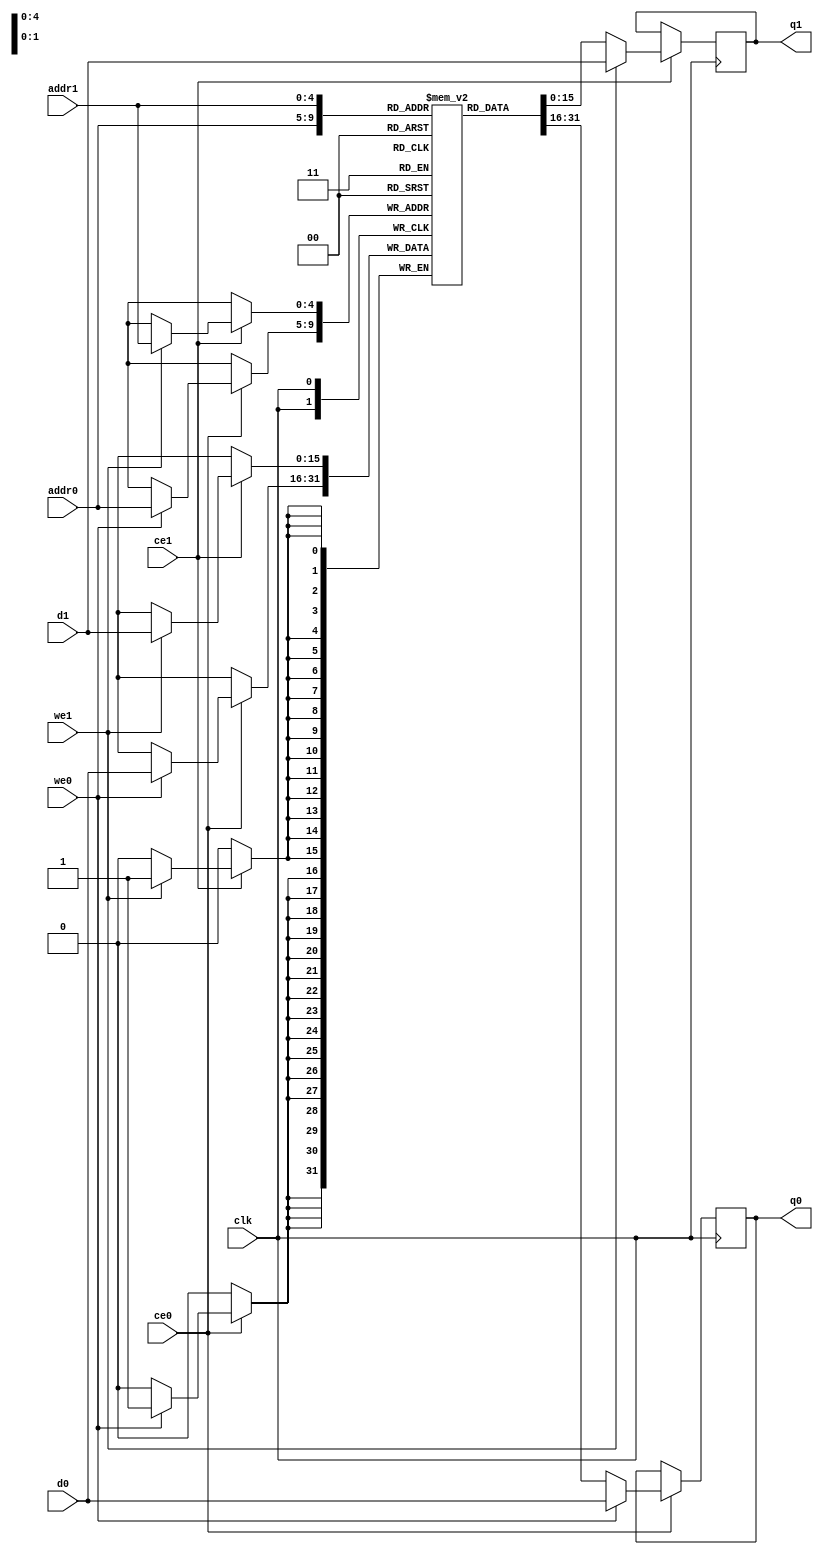
// ==============================================================
// File generated by Vivado(TM) HLS - High-Level Synthesis from C, C++ and SystemC
// Version: 2017.4
// Copyright (C) 1986-2017 Xilinx, Inc. All Rights Reserved.
// 
// ==============================================================

`timescale 1 ns / 1 ps
module conv_7_out_val_V_ram (addr0, ce0, d0, we0, q0, addr1, ce1, d1, we1, q1,  clk);

parameter DWIDTH = 16;
parameter AWIDTH = 5;
parameter MEM_SIZE = 32;

input[AWIDTH-1:0] addr0;
input ce0;
input[DWIDTH-1:0] d0;
input we0;
output reg[DWIDTH-1:0] q0;
input[AWIDTH-1:0] addr1;
input ce1;
input[DWIDTH-1:0] d1;
input we1;
output reg[DWIDTH-1:0] q1;
input clk;

(* ram_style = "block" *)reg [DWIDTH-1:0] ram[0:MEM_SIZE-1];




always @(posedge clk)  
begin 
    if (ce0) 
    begin
        if (we0) 
        begin 
            ram[addr0] <= d0; 
            q0 <= d0;
        end 
        else 
            q0 <= ram[addr0];
    end
end


always @(posedge clk)  
begin 
    if (ce1) 
    begin
        if (we1) 
        begin 
            ram[addr1] <= d1; 
            q1 <= d1;
        end 
        else 
            q1 <= ram[addr1];
    end
end


endmodule


`timescale 1 ns / 1 ps
module conv_7_out_val_V(
    reset,
    clk,
    address0,
    ce0,
    we0,
    d0,
    q0,
    address1,
    ce1,
    we1,
    d1,
    q1);

parameter DataWidth = 32'd16;
parameter AddressRange = 32'd32;
parameter AddressWidth = 32'd5;
input reset;
input clk;
input[AddressWidth - 1:0] address0;
input ce0;
input we0;
input[DataWidth - 1:0] d0;
output[DataWidth - 1:0] q0;
input[AddressWidth - 1:0] address1;
input ce1;
input we1;
input[DataWidth - 1:0] d1;
output[DataWidth - 1:0] q1;



conv_7_out_val_V_ram conv_7_out_val_V_ram_U(
    .clk( clk ),
    .addr0( address0 ),
    .ce0( ce0 ),
    .d0( d0 ),
    .we0( we0 ),
    .q0( q0 ),
    .addr1( address1 ),
    .ce1( ce1 ),
    .d1( d1 ),
    .we1( we1 ),
    .q1( q1 ));

endmodule